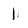
Character: 1